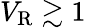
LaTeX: V_{\mathrm{R}}\gtrsim 1